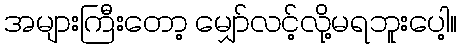
အများကြီးတော့ မျှော်လင့်လို့မရဘူးပေါ့။